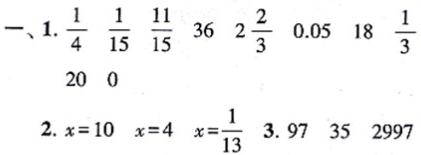
一、1. $\frac{1}{4}$ $\frac{1}{15}$ $\frac{11}{15}$ $36$ $2\frac{2}{3}$ $0.05$ $18$ $\frac{1}{3}$ $20$ $0$
2. $x = 10$ $x = 4$ $x=\frac{1}{13}$ 3. $97$ $35$ $2997$